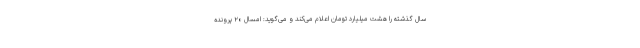
سال گذشته را هشت میلیارد تومان اعلام می‌کند و می‌گوید: امسال ۲۰ پرونده